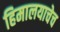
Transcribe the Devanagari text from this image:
हिमालयाचेच